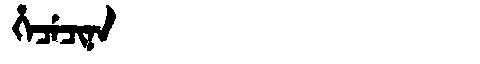
Manchu: ᡥᡝᠴᡝᠴᡳᠨᠠ
Romanization: HECECINA